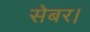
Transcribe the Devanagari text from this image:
सेबर।